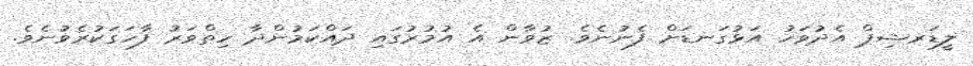
ލީޑަރޝިޕް އެދުވަހު އަޅުގަނޑަށް ފެނުނެވެ. ޒުވާން އެ އުމުރުގައި ދައްކަމުންދާ ހިތްވަރު ފާހަގަކުރެވުނެވެ.